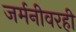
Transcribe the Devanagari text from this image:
जर्मनीवरही